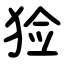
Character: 猃